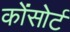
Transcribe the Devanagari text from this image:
कोंसोर्ट